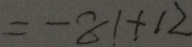
= - 8 1 + 1 2